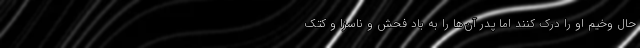
حال وخیم او را درک کنند اما پدر آن‌ها را به باد فحش و ناسزا و کتک